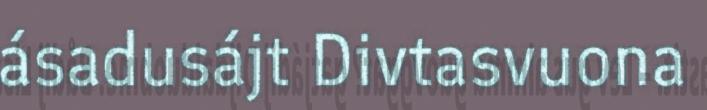
ásadusájt Divtasvuona